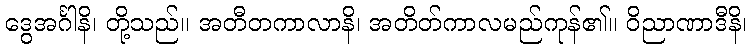
ဒွေအင်္ဂါနိ၊ တို့သည်။ အတီတကာလာနိ၊ အတိတ်ကာလမည်ကုန်၏။ ဝိညာဏာဒီနိ၊